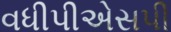
વધીપીએસપી